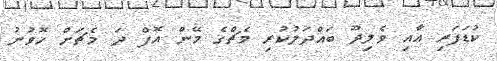
ކުޑަފަރި އާއި ވެލިދޫ ބައްދަލުކުރި މެޗްގެ މޭން އޮފް ދަ މެޗަށް ހޮވުނު